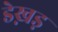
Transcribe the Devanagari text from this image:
डेख़ड़